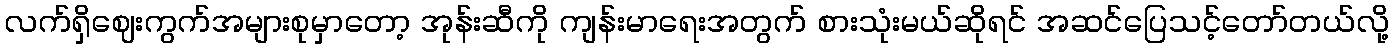
လက်ရှိဈေးကွက်အများစုမှာတော့ အုန်းဆီကို ကျန်းမာရေးအတွက် စားသုံးမယ်ဆိုရင် အဆင်ပြေသင့်တော်တယ်လို့